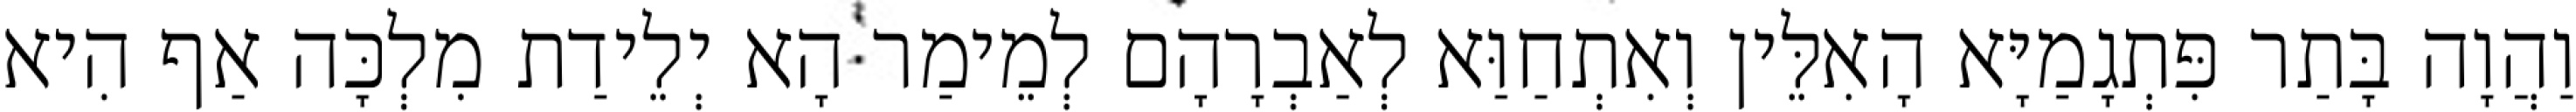
וַהֲוָה בָּתַר פִּתְגָמַיָּא הָאִלֵּין וְאִתְחַוַּא לְאַבְרָהָם לְמֵימַר הָא יְלֵידַת מִלְכָּה אַף הִיא